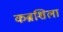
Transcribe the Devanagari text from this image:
कब्रशिला